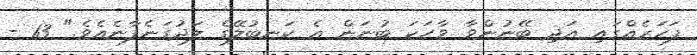
ފަހަރެއްގައި އަދި ބޭނުންވާ ވާހަކަ ބުނަން އެ ކަނބުލޭގެ ލަދުގަނެފާނެއެވެ." 13 -